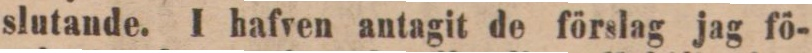
slutande. I hafven antagit de förslag jag fö-